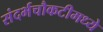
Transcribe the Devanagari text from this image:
संदर्भचौकटीमध्ये